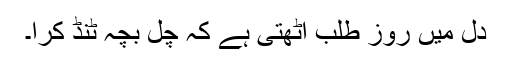
دل میں روز طلب اٹھتی ہے کہ چل بچہ ٹنڈ کرا۔